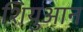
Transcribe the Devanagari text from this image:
शियुआन